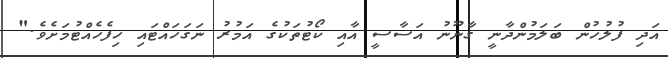
އަދި ފުލުހުން ބަލަމުންދާނީ ގާނޫނު އަސާސީ އާއި ކޯޓުތަކުގެ އަމުރު ނަގަހައްޓައި ހިފެހެއްޓުމަށެވެ."